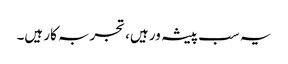
یہ سب پیشہ ور ہیں، تجربہ کار ہیں۔